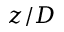
z / D